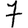
Digit: 7